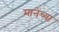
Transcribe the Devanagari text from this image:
मानेंच्या